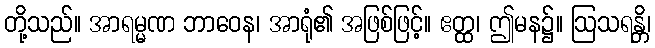
တို့သည်။ အာရမ္မဏ ဘာဝေန၊ အာရုံ၏ အဖြစ်ဖြင့်။ ဧတ္ထ၊ ဤမန၌။ ဩသရန္တိ၊